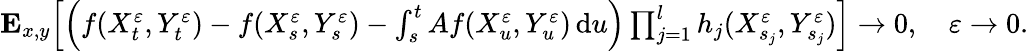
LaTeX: \begin{array}{r}{\mathbf{E}_{x,y}\Big[\Big(f(X_{t}^{\varepsilon},Y_{t}^{\varepsilon})-f(X_{s}^{\varepsilon},Y_{s}^{\varepsilon})-\int_{s}^{t}Af(X_{u}^{\varepsilon},Y_{u}^{\varepsilon})\, \mathrm{d}u\Big)\prod_{j=1}^{l}h_{j}(X_{s_{j}}^{\varepsilon},Y_{s_{j}}^{\varepsilon})\Big]\to 0,\quad\varepsilon\to 0.}\end{array}